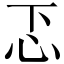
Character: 忑